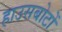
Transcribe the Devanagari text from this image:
हाउसबोटों